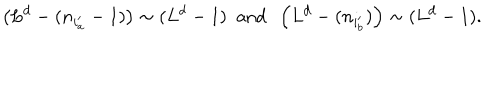
\left( L ^ { d } - ( n _ { i _ { a } ^ { \prime } } - 1 ) \right) \sim ( L ^ { d } - 1 ) \; \mathrm { ~ a n d ~ } \; \left( L ^ { d } - ( n _ { i _ { b } ^ { \prime } } ) \right) \sim ( L ^ { d } - 1 ) .